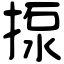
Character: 揼